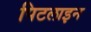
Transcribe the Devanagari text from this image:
पिटलाइन